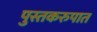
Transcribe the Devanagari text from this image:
पुस्तकरुपात